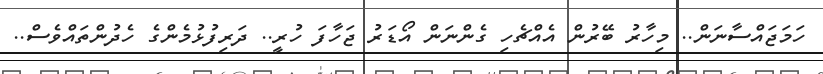
ހަމަޖައްސާނަން.. މިހާރު ބޭރުން އެއްޗެހި ގެންނަން އޯޑަރު ޖަހާފަ ހުރީ.. ދަރިފުޅުމެންގެ ހެދުންތައްވެސް..